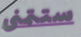
ستتمنى